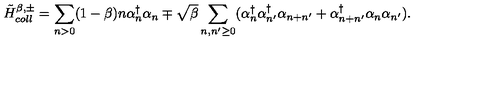
{ \tilde { H } } _ { c o l l } ^ { \beta , \pm } = \sum _ { n > 0 } ( 1 - \beta ) n \alpha _ { n } ^ { \dagger } \alpha _ { n } \mp \sqrt { \beta } \sum _ { n , n ^ { \prime } \geq 0 } ( \alpha _ { n } ^ { \dagger } \alpha _ { n ^ { \prime } } ^ { \dagger } \alpha _ { n + n ^ { \prime } } + \alpha _ { n + n ^ { \prime } } ^ { \dagger } \alpha _ { n } \alpha _ { n ^ { \prime } } ) .